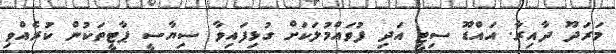
މަރަދޫ ދާއިރާ. އައްޑޫ ސިޓީ އަދި ފުވައްމުލަކަށް ގުޅިފައިވާ ސިޔާސީ ޕާޓީތަކުން ކުރެއްވި